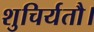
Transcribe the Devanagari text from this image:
शुचिर्यतौ।